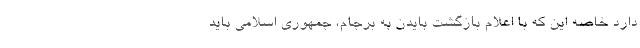
دارد خاصه این که با اعلام بازگشت بایدن به برجام، جمهوری اسلامی باید